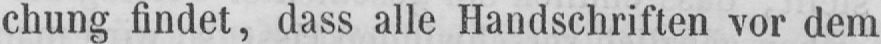
chung findet, dass alle Handschriften vor dem